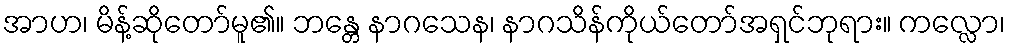
အာဟ၊ မိန့်ဆိုတော်မူ၏။ ဘန္တေ နာဂသေန၊ နာဂသိန်ကိုယ်တော်အရှင်ဘုရား။ ကလ္လော၊